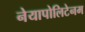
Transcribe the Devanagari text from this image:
नेयापोलिटेनम